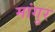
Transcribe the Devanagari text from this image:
मांगुर